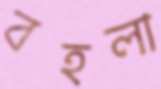
বহলা